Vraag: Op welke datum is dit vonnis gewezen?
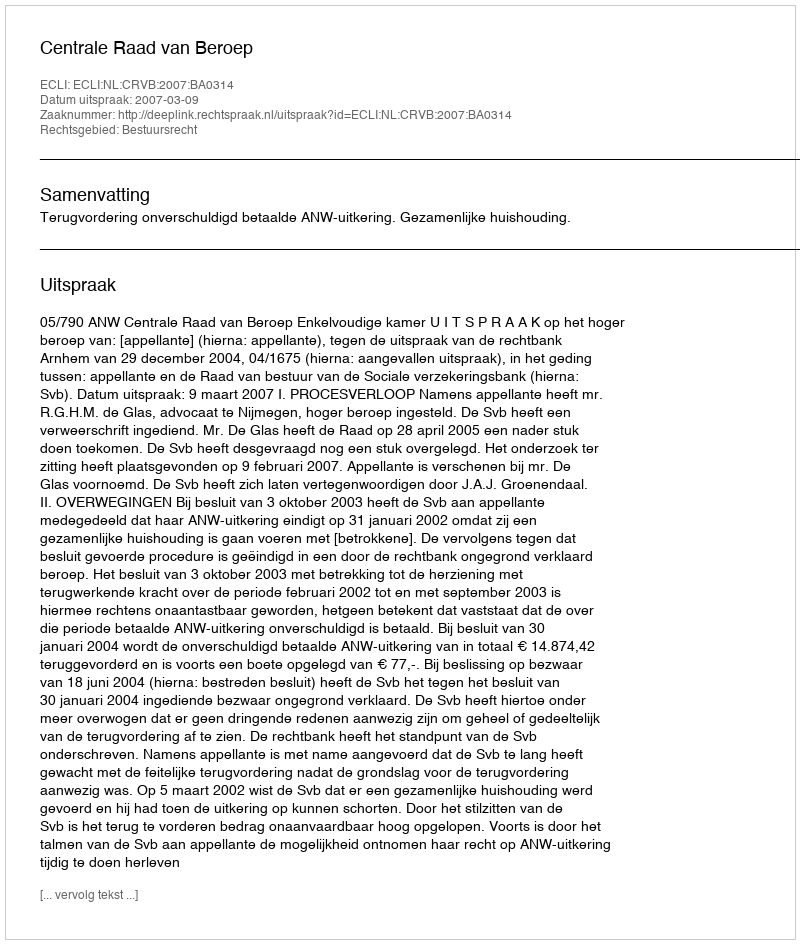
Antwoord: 2007-03-09